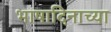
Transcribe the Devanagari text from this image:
भाषादिनाच्या